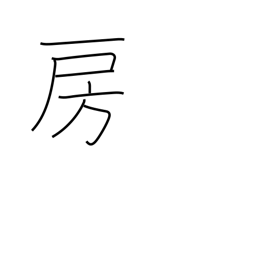
Meaning: fringe